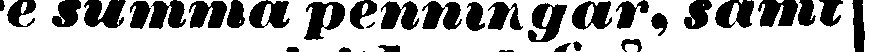
re summa penningar, samt|